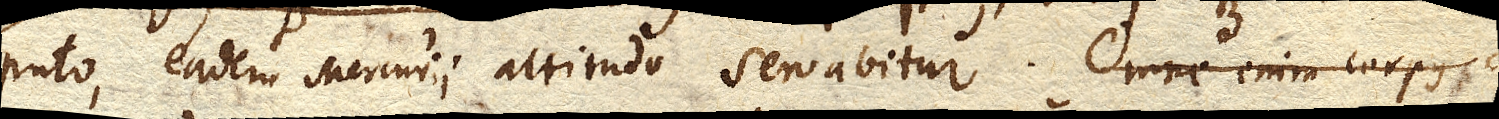
puto, eadem Mercurii altitudo servabitur. Omne enim corpus